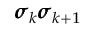
\pmb { \sigma } _ { k } \pmb { \sigma } _ { k + 1 }